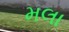
મલા